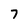
Character: 7